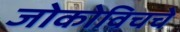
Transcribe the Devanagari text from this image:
जोकोविचचे